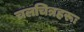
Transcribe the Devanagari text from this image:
चलचित्रहरूः